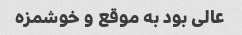
عالی بود به موقع و خوشمزه